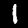
Digit: 1